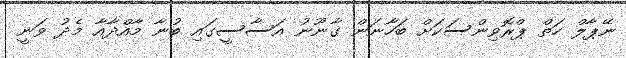
ނޭޕާލް ހަތް ޕްރޮވިންސަކަށް ބަހާނަން ގާނޫނު އަސާސީގައި ބުނާ މާއްދާއާ މެދު ވަނީ